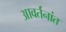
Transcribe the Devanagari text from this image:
आवर्तनांत